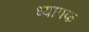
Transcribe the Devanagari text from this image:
ध्यापक